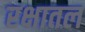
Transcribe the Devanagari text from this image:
रक्षातल